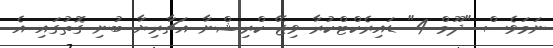
ނަމަވެސް "ދޫމް 4" ޑައިރެކްޓްކުރާ ވިޖޭ ކްރިޝްނާ އަޗާރިޔާ ބުނި ގޮތުގައި އެ